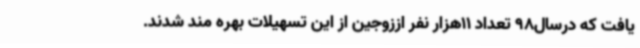
یافت که درسال98 تعداد 11هزار نفر اززوجین از این تسهیلات بهره مند شدند.